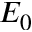
E _ { 0 }